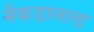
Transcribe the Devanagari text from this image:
मैकडानल्ड